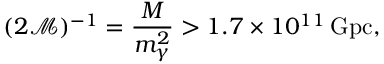
( 2 \mathcal { M } ) ^ { - 1 } = \frac { M } { m _ { \gamma } ^ { 2 } } > 1 . 7 \times 1 0 ^ { 1 1 } \, \mathrm { G p c } ,